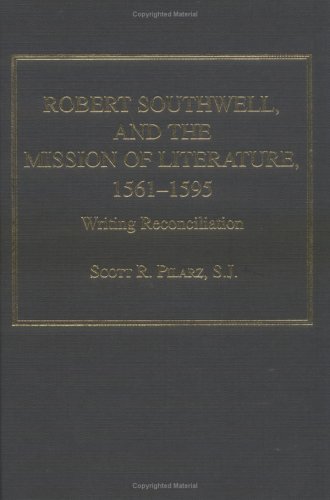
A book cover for Robert Southwell and the Mission of Literature, 1561-1595: Writing Reconciliation; Scott R. Pilarz; Christian Books & Bibles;